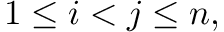
1 \leq i < j \leq n ,